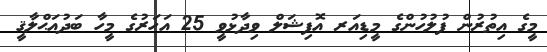
މީގެ އިތުރުން ފުލުހުންގެ މީޑިއަރ އޮފިޝަލް ވިދާޅުވީ 25 އަހަރުގެ މީހާ ބަދުއަޙްލާޤީ